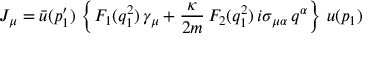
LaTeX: J _ { \mu } = \bar { u } ( p _ { 1 } ^ { \prime } ) \, \left\{ F _ { 1 } ( q _ { 1 } ^ { 2 } ) \, \gamma _ { \mu } + \frac { \kappa } { 2 m } \, F _ { 2 } ( q _ { 1 } ^ { 2 } ) \, i \sigma _ { \mu \alpha } \, q ^ { \alpha } \right\} \, u ( p _ { 1 } )